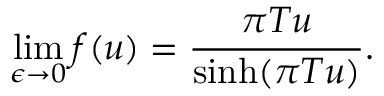
\operatorname * { l i m } _ { \epsilon \to 0 } f ( u ) = { \frac { \pi T u } { \sinh ( \pi T u ) } } .